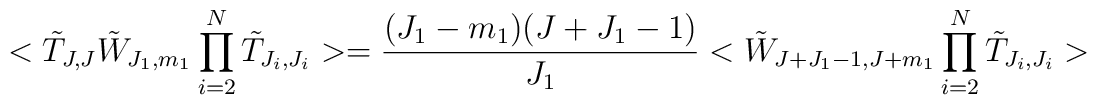
<\tilde{T}_{J,J}\tilde{W}_{J_{1},m_{1}}\prod _{i=2}^{N} \tilde{T}_{J_{i},J_{i}}>= \frac{(J_{1}-m_{1})(J+J_{1}-1)}{J_{1}} <\tilde{W}_{J+J_{1}-1,J+m_{1}}\prod_{i=2}^{N}\tilde{T}_{J_{i},J_{i}}>